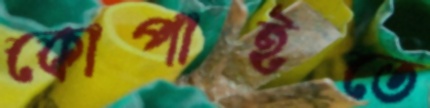
কোপাইতে